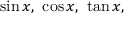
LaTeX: \sin x , \ \cos x , \ \tan x ,